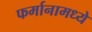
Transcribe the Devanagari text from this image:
फर्मानामध्ये